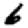
Digit: 6